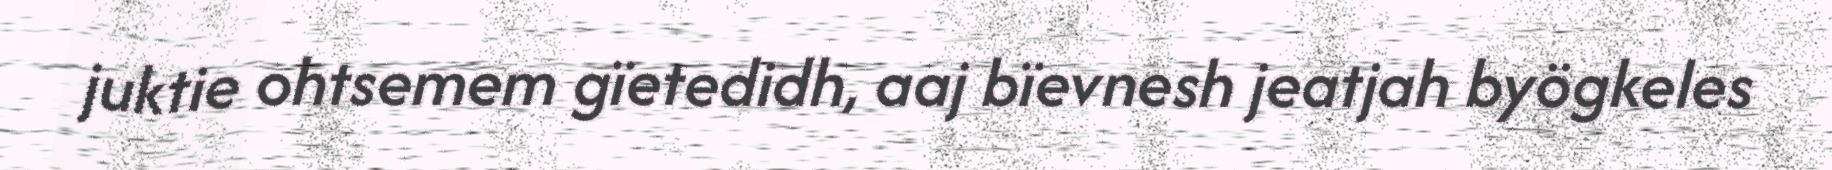
juktie ohtsemem gïetedidh, aaj bïevnesh jeatjah byögkeles